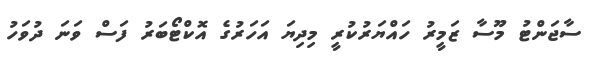
ސާޖަންޓު މޫސާ ޒަމީރު ހައްޔަރުކުރީ މިދިޔަ އަހަރުގެ އޮކްޓޯބަރު ފަސް ވަނަ ދުވަހު